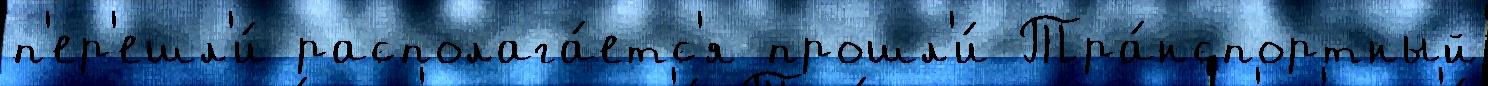
п'ер'ешл'и́ располага́етс'я прошл'и́ Тра́нспортный